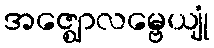
အဇ္ဈောလမ္ဗေယျုံ